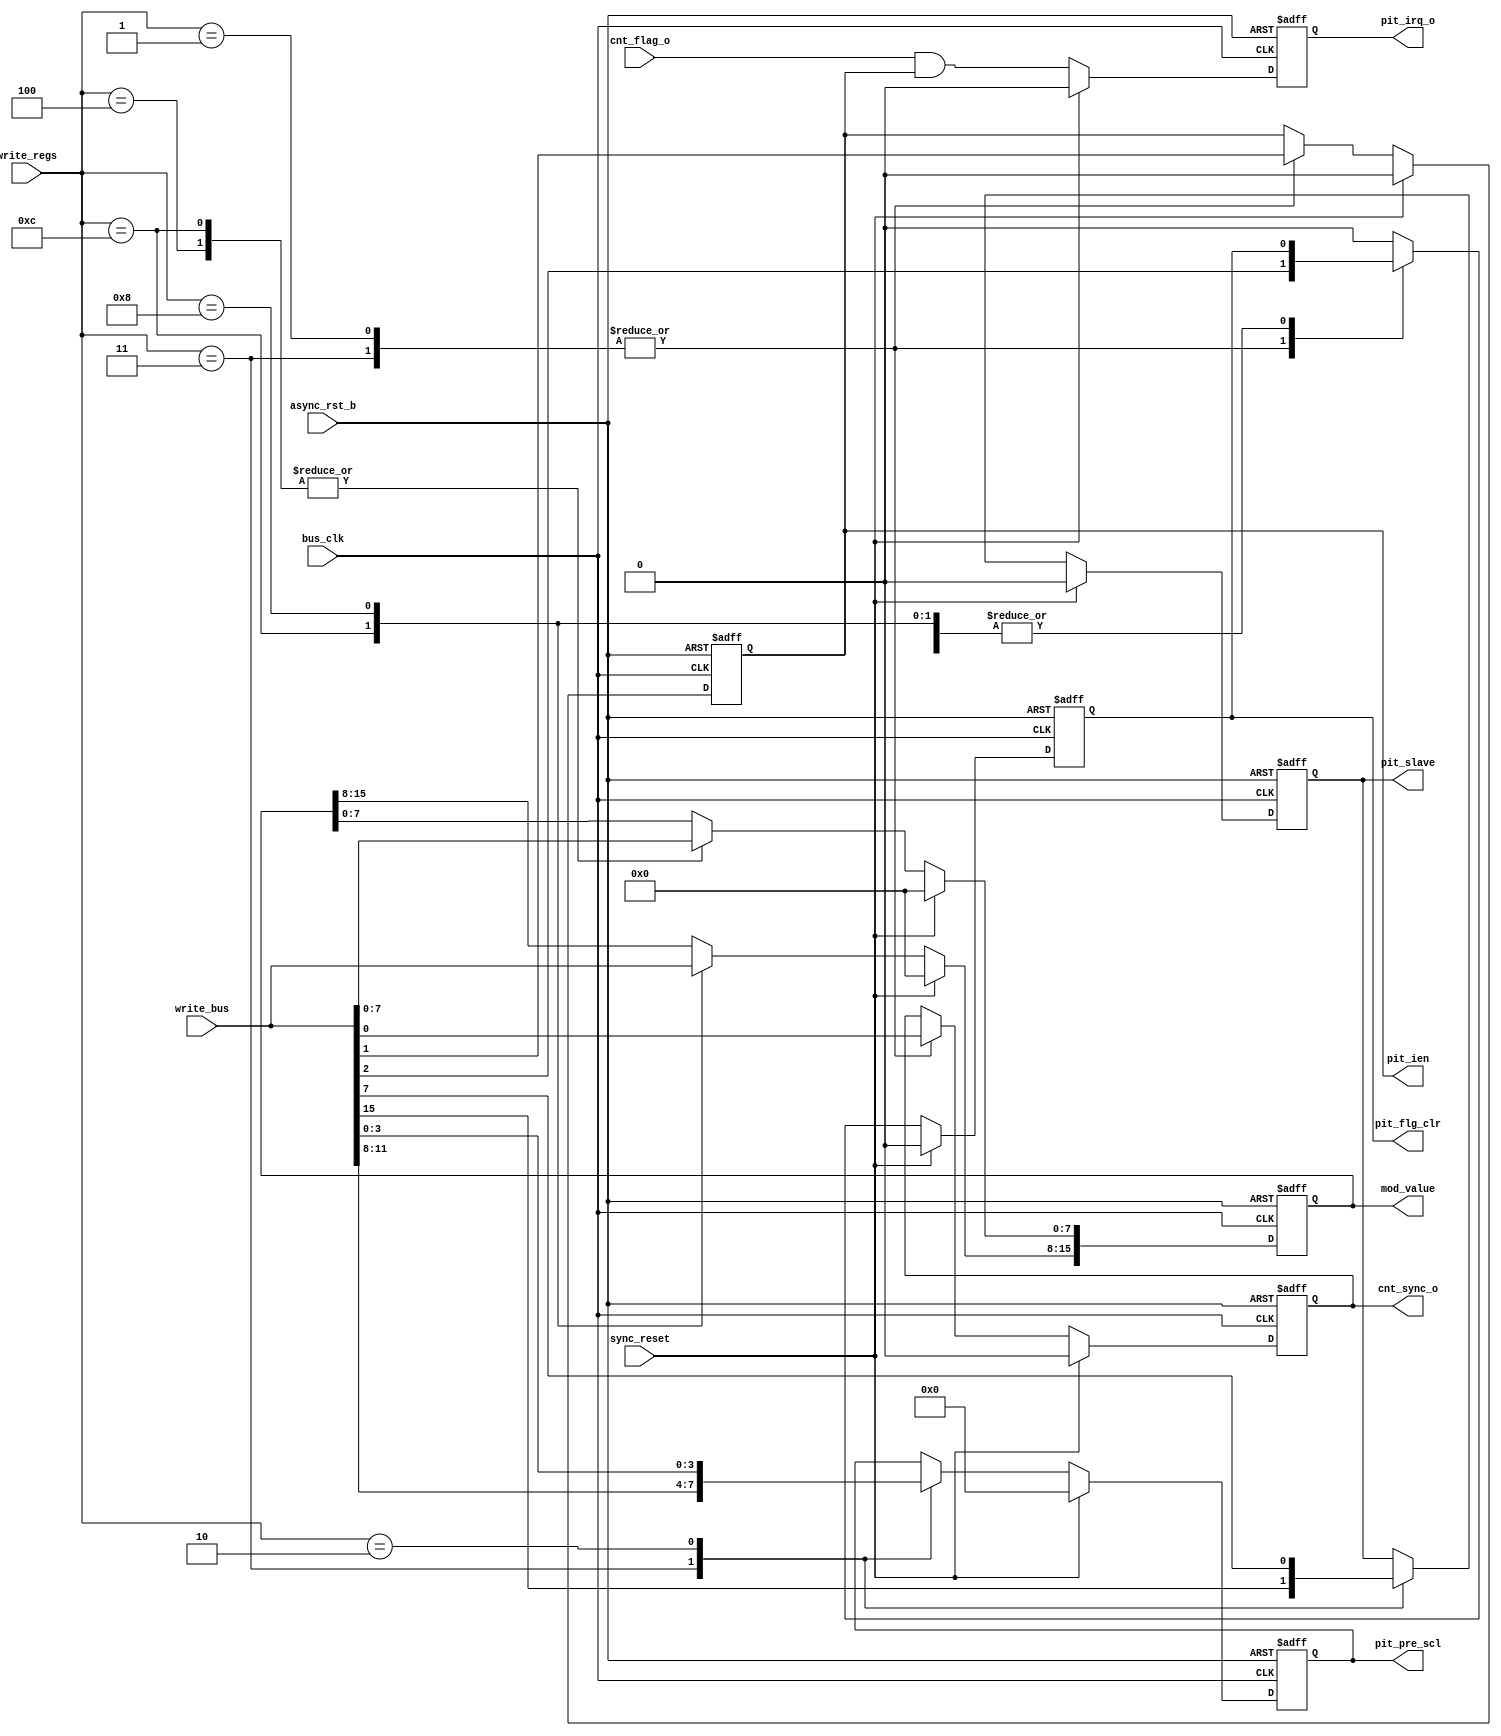
////////////////////////////////////////////////////////////////////////////////
//
//  WISHBONE revB.2 compliant Programable Interrupt Timer - Control registers
//
//          rehayes@opencores.org
//
//  Downloaded from: http://www.opencores.org/projects/pit.....
//
////////////////////////////////////////////////////////////////////////////////
// Copyright (c) 2009, Robert Hayes
//
// All rights reserved.
//
// Redistribution and use in source and binary forms, with or without
// modification, are permitted provided that the following conditions are met:
//     * Redistributions of source code must retain the above copyright
//       notice, this list of conditions and the following disclaimer.
//     * Redistributions in binary form must reproduce the above copyright
//       notice, this list of conditions and the following disclaimer in the
//       documentation and/or other materials provided with the distribution.
//     * Neither the name of the <organization> nor the
//       names of its contributors may be used to endorse or promote products
//       derived from this software without specific prior written permission.
//
// THIS SOFTWARE IS PROVIDED BY Robert Hayes ''AS IS'' AND ANY
// EXPRESS OR IMPLIED WARRANTIES, INCLUDING, BUT NOT LIMITED TO, THE IMPLIED
// WARRANTIES OF MERCHANTABILITY AND FITNESS FOR A PARTICULAR PURPOSE ARE
// DISCLAIMED. IN NO EVENT SHALL Robert Hayes BE LIABLE FOR ANY
// DIRECT, INDIRECT, INCIDENTAL, SPECIAL, EXEMPLARY, OR CONSEQUENTIAL DAMAGES
// (INCLUDING, BUT NOT LIMITED TO, PROCUREMENT OF SUBSTITUTE GOODS OR SERVICES;
// LOSS OF USE, DATA, OR PROFITS; OR BUSINESS INTERRUPTION) HOWEVER CAUSED AND
// ON ANY THEORY OF LIABILITY, WHETHER IN CONTRACT, STRICT LIABILITY, OR TORT
// (INCLUDING NEGLIGENCE OR OTHERWISE) ARISING IN ANY WAY OUT OF THE USE OF THIS
// SOFTWARE, EVEN IF ADVISED OF THE POSSIBILITY OF SUCH DAMAGE.
////////////////////////////////////////////////////////////////////////////////
// 45678901234567890123456789012345678901234567890123456789012345678901234567890

module pit_regs #(parameter ARST_LVL = 1'b0,  // asynchronous reset level
                  parameter COUNT_SIZE = 16,
                  parameter NO_PRESCALE = 1'b0,
                  parameter DWIDTH = 16)
  (
  output reg [COUNT_SIZE-1:0] mod_value,    // Main Counter Modulo Value
  output               [ 3:0] pit_pre_scl,  // PIT Prescaler Value
  output reg                  pit_slave,    // PIT Slave Mode
  output reg                  pit_flg_clr,  // Clear PIT Rollover Flag
  output reg                  pit_ien,      // PIT Interrupt Enable
  output reg                  cnt_sync_o,   // PIT Counter Enable
  output reg                  pit_irq_o,    // PIT interrupt
  input                       bus_clk,      // Control register bus clock
  input                       async_rst_b,  // Async reset signal
  input                       sync_reset,   // Syncronous reset signal
  //input                       pit_flag,     // PIT Rollover Flag
  input          [DWIDTH-1:0] write_bus,    // Write Data Bus
  input                [ 3:0] write_regs,   // Write Register strobes
  input                       cnt_flag_o    // Counter Rollover Flag 
  );


  // registers
  reg  [ 3:0] pit_pre;    // Optional register for PIT Prescale Counter modulo
                          //  This register should be removed durning synthesis
			  //  if the "NO_PRESCALE" parameter is set

  // Wires
  wire [15:0] write_data; // Data bus mux for 8 or 16 bit module bus

  //
  // module body
  //
  
  assign write_data = (DWIDTH == 8) ? {write_bus[7:0], write_bus[7:0]} : write_bus;
  
  assign pit_pre_scl = NO_PRESCALE ? 4'b0 : pit_pre;

  // generate wishbone write registers
  always @(posedge bus_clk or negedge async_rst_b)
    if (!async_rst_b)
      begin
        pit_slave   <= 1'b0;
        pit_pre     <= 4'b0;
        pit_flg_clr <= 1'b0;
        pit_ien     <= 1'b0;
        cnt_sync_o  <= 1'b0;
        mod_value   <= 0;
       end
    else if (sync_reset)
      begin
        pit_slave   <= 1'b0;
        pit_pre     <= 4'b0;
        pit_flg_clr <= 1'b0;
        pit_ien     <= 1'b0;
        cnt_sync_o  <= 1'b0;
        mod_value   <= 0;
      end
    else
      case (write_regs) // synopsys parallel_case
         4'b0011 :
           begin
             pit_slave   <= write_data[15];
             pit_pre     <= write_data[11:8];
             pit_flg_clr <= write_data[2];
             pit_ien     <= write_data[1];
             cnt_sync_o  <= write_data[0];
           end
         4'b0001 :
           begin
             pit_flg_clr <= write_data[2];
             pit_ien     <= write_data[1];
             cnt_sync_o  <= write_data[0];
           end
         4'b0010 :
           begin
             pit_slave   <= write_data[7];
             pit_pre     <= write_data[3:0];
           end
         4'b1100 : mod_value        <= write_data;
         4'b0100 : mod_value[ 7:0]  <= write_data[7:0];
         4'b1000 : mod_value[15:8]  <= write_data[7:0];
         default:
           pit_flg_clr <= 1'b0;
      endcase

  // generate interrupt request signals
  always @(posedge bus_clk or negedge async_rst_b)
    if (!async_rst_b)
      pit_irq_o <= 0;
    else if (sync_reset)
      pit_irq_o <= 0;
    else
      pit_irq_o <= cnt_flag_o && pit_ien; // interrupt signal is only generated
                                          //  when IEN (interrupt enable bit is set)


endmodule  // pit_regs